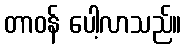
တာဝန် ပေါ့လာသည်။